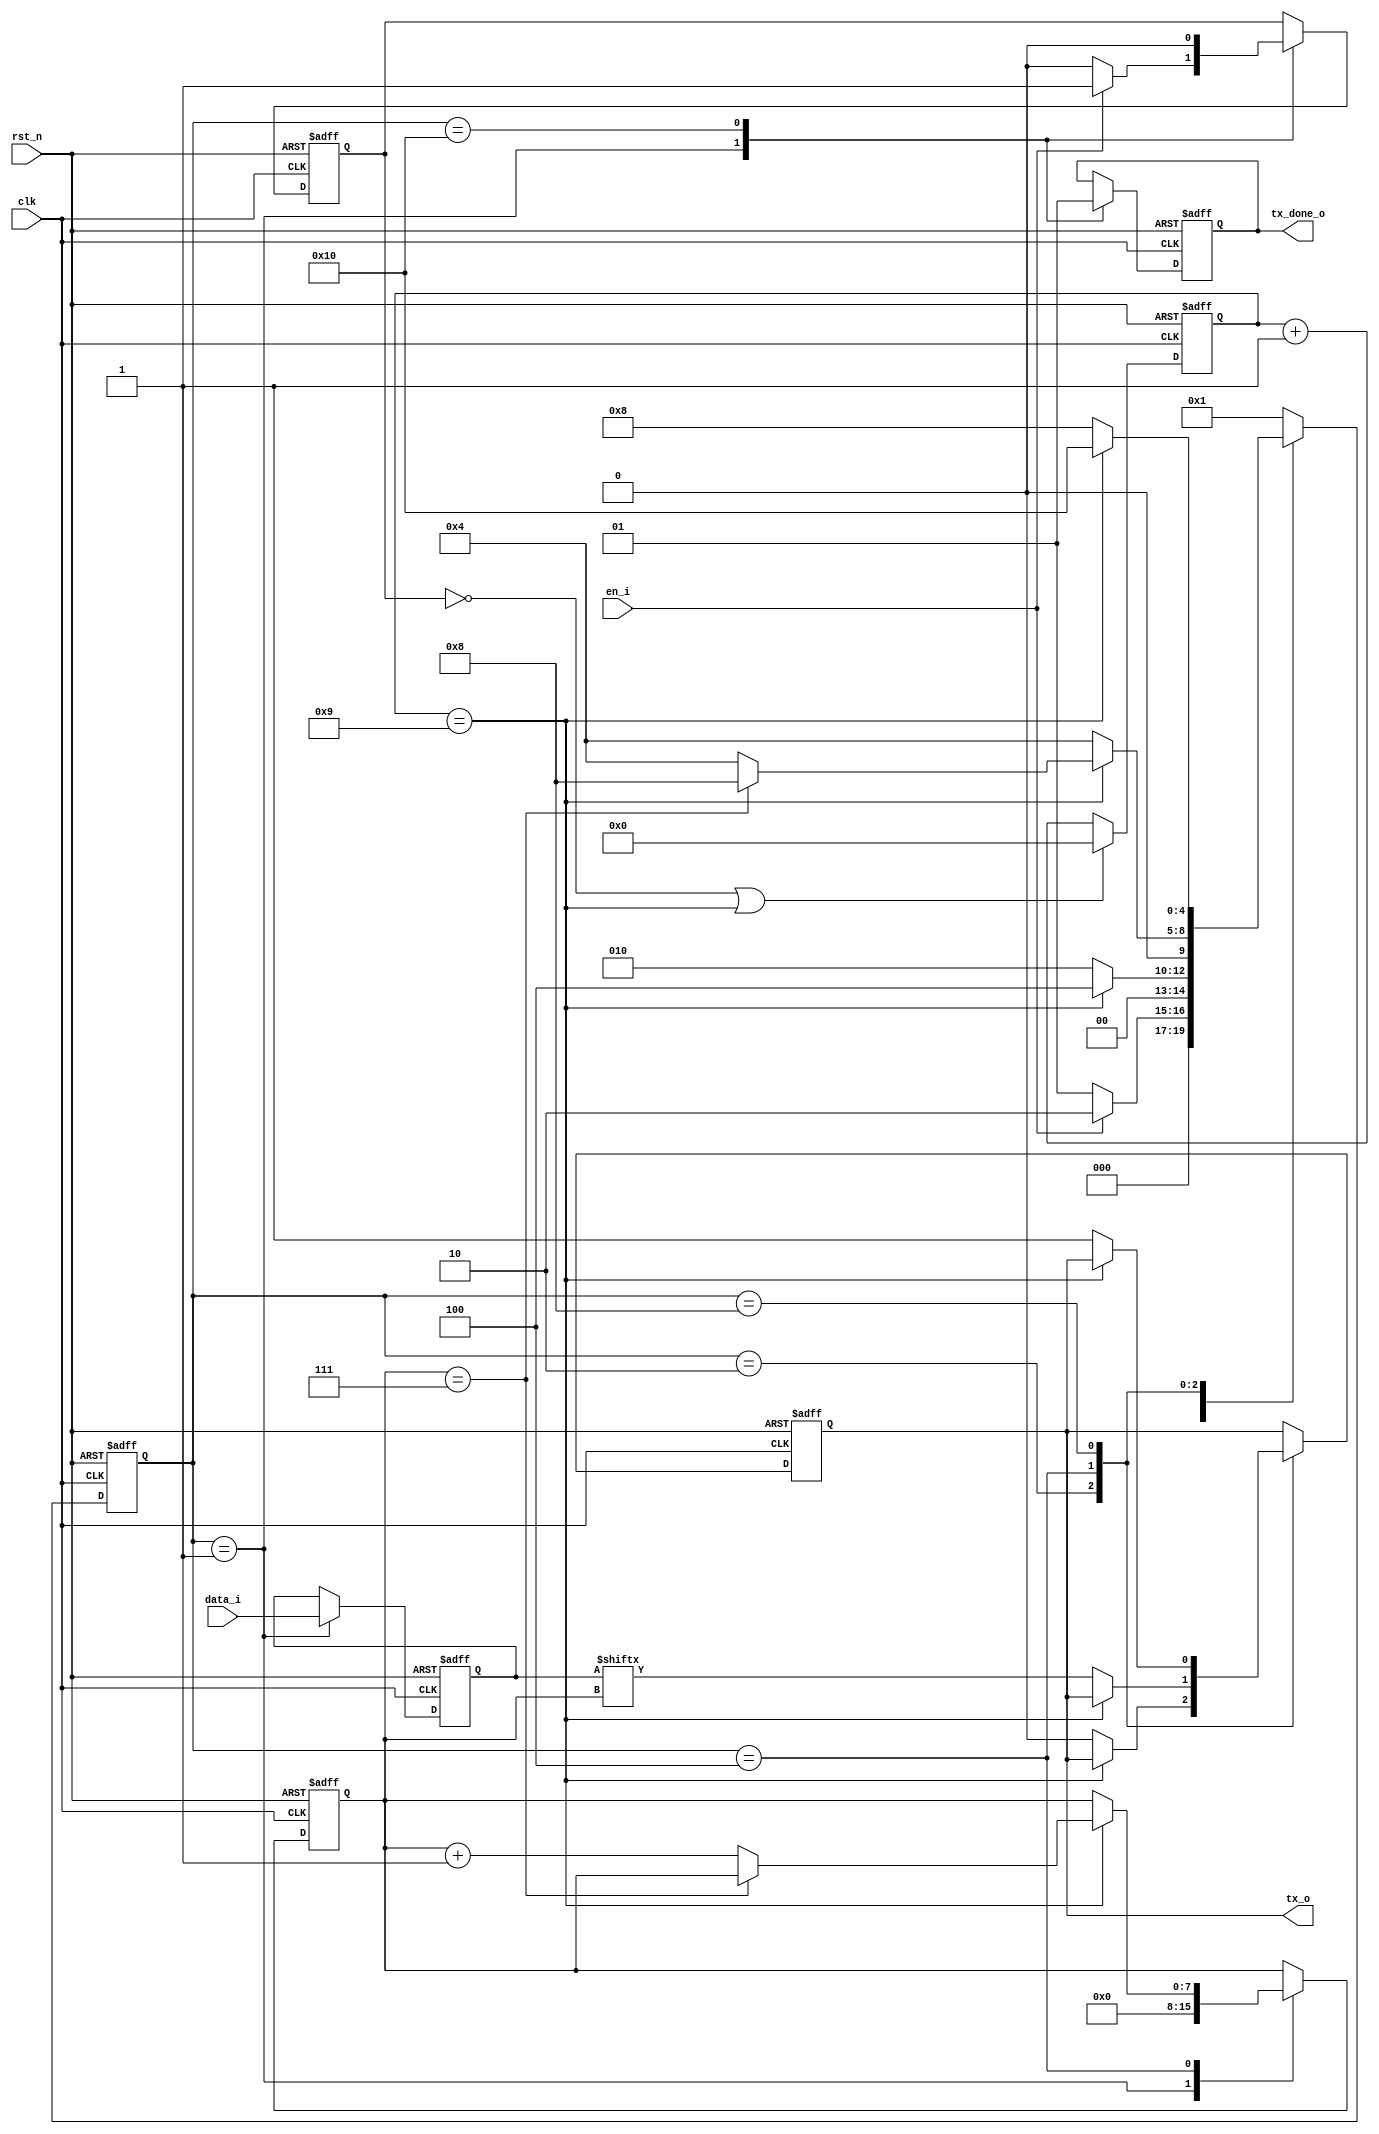
`timescale 1ns / 1ps

module uart_tx(
    input clk,
    input rst_n,
    input en_i,
    input [7:0] data_i,
    output reg tx_o,    
    output reg tx_done_o
);

//-------------------------------------------------------------------------------
localparam  s_idle   = 5'b00001,
            s_start  = 5'b00010,
            s_wr     = 5'b00100,
            s_stop   = 5'b01000,
            s_done   = 5'b10000;    
            
//localparam  BPS_CNT =   CLK_FREQUENCE/BAUD_RATE-1,     (50_000_000 / 9600) - 1 = 5207;          
 //localparam t_1_bit = 16'd5207;   

//This is for simulation;
localparam t_1_bit = 9;      //from 0 to 9, it is 10; 
        
reg en_cnt;
reg [15:0] cnt;
reg [4:0] state;
reg [7:0] data_r;
reg [7:0] tx_bits;
        
//-------------------------------------------------------------------------------        
always @(posedge clk or negedge rst_n)
    if (!rst_n)
        cnt <= 16'd0;
    else if ((en_cnt == 0) || (cnt == t_1_bit))
        cnt <= 16'd0;
    else
        cnt <= cnt + 16'd1; 

//-------------------------------------------------------------------------------       
always @(posedge clk or negedge rst_n)
    if (!rst_n) begin
        state   <= s_idle;         
        tx_o    <= 1'b1;
        data_r  <= 8'd0;
        en_cnt  <= 1'b0;   
        tx_bits <= 8'd0;        
        tx_done_o <= 1'b0;
    end else begin
        case(state)
            s_idle: 
                begin
                    data_r    <= data_i;                  
                    tx_bits   <= 8'b0;                           
                    tx_done_o <= 1'b0;  

                    if (en_i == 1) begin   
                        en_cnt <= 1'b1;     
                        state  <= s_start;                         
                    end else begin 
                        en_cnt <= 1'b0;  
                        state  <= s_idle;  
                    end                    
                end
                            
            s_start:
                if (cnt == t_1_bit) begin 
                    state <= s_wr;  
                end else begin 
                    tx_o  <= 0;                            
                    state  <= s_start;  
                end       
                    
            s_wr:   
                if (cnt == t_1_bit) begin 
                    if (tx_bits == 8'd7)
                        state <= s_stop; 
                    else begin
                        tx_bits <= tx_bits + 8'd1;
                        state <= s_wr;
                    end
                end else begin  
                    tx_o  <= data_r[tx_bits];                
                    state <= s_wr;
                end    
                        
            s_stop: 
                if (cnt == t_1_bit) begin             
                    state <= s_done; 
                end else begin 
                    tx_o  <= 1'b1;
                    state <= s_stop;  
                end        
                        
            s_done: 
                begin
                    en_cnt    <= 1'b0;
                    tx_done_o <= 1'b1;
                    state     <= s_idle;                     
                end                                                                                                                                                
                            
            default: state <= s_idle;
        endcase  
end        


//-------------------------------------------------------------------------------
endmodule